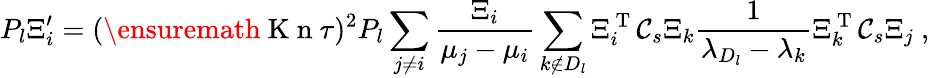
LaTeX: P_{l}\Xi_{i}^{\prime}=(\ensuremath{\mathrm{~K~n~}}\tau)^{2}P_{l}\sum_{j\neq i}\frac{\Xi_{i}}{\mu_{j}-\mu_{i}}\sum_{k\notin D_{l}}\Xi_{i}^{\mathrm{~T~}}\mathcal C_{s}\Xi_{k}\frac{1}{\lambda_{D_{l}}-\lambda_{k}}\Xi_{k}^{\mathrm{~T~}}\mathcal C_{s}\Xi_{j}\ ,